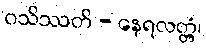
ဝသိဿတိ - နေရလတ္တံ့၊